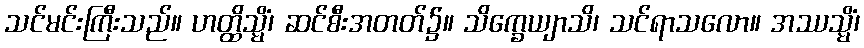
သင်မင်းကြီးသည်။ ဟတ္ထိသ္မိံ၊ ဆင်စီးအတတ်၌။ သိက္ခေယျာသိ၊ သင်ရာသလော။ အဿသ္မိံ၊